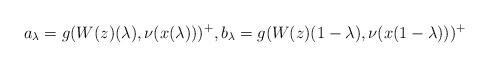
LaTeX: \begin{align*}a_\lambda=g(W(z)(\lambda),\nu(x(\lambda)))^+, b_\lambda=g(W(z)(1-\lambda),\nu(x(1-\lambda)))^+\end{align*}